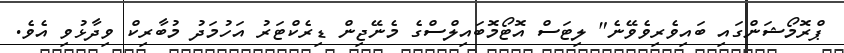
ޕްރޮމޯޝަންގައި ބައިވެރިވެވޭނެ" ލިޓަސް އޮޓޯމޮބައިލްސްގެ މެނޭޖިން ޑިރެކްޓަރު އަހުމަދު މުބާރިކް ވިދާޅުވި އެވެ.